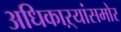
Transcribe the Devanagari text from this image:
अधिकाऱ्यांसमोर